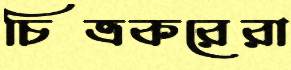
চিত্রকরেরা